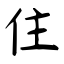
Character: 住